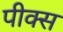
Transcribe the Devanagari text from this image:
पीक्स